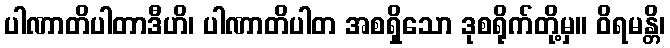
ပါဏာတိပါတာဒီဟိ၊ ပါဏာတိပါတ အစရှိသော ဒုစရိုက်တို့မှ။ ဝိရမန္တိ၊